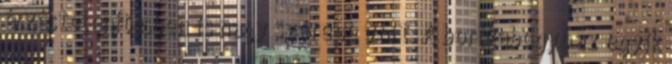
érzéstelenítésben is nagy szerepe volt. A borókabogyó az egyik